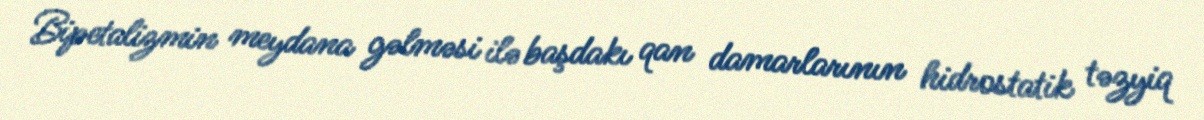
Bipetalizmin meydana gəlməsi ilə başdakı qan damarlarının hidrostatik təzyiq